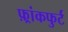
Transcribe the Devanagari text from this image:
फ़्रांकफुर्ट